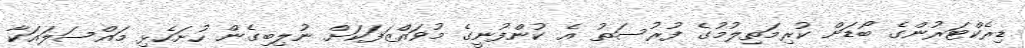
ޑިރެކްޓަރުންގެ ބޯޑަށް ކުރިމަތިލުމުގެ ފުރުސަތު އެ ކުންފުނީގެ މުވައްޒަފަކަށް ނުލިބިގެން ހުށަހެޅި މައްސަލައަކާ